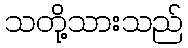
သတို့သားသည်